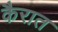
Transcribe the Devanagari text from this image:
कैरात